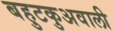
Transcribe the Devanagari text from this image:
बहुटकुअवाली